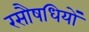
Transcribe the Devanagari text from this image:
रसौषधियों